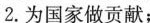
2.为国家做贡献；